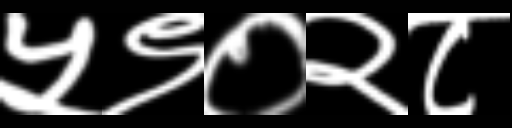
Text: ५९०२८